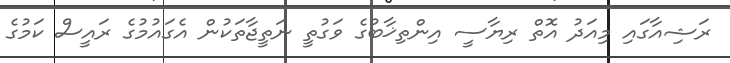
ރަޝިއާގައި މިއަދު އޮތް ރިޔާސީ އިންތިޚާބުގެ ވަގުތީ ނަތީޖާތަކުން އެގައުމުގެ ރައީސް ކަމުގެ